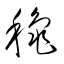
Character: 龝